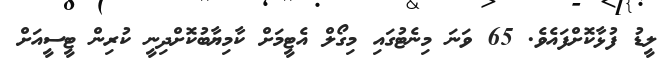
ލީޑު ފުޅާކޮށްފައެވެ. 65 ވަނަ މިނެޓުގައި މިގޯލް އެޓީމަށް ކާމިޔާބުކޮށްދިނީ ކުރިން ޓީސީއަށް